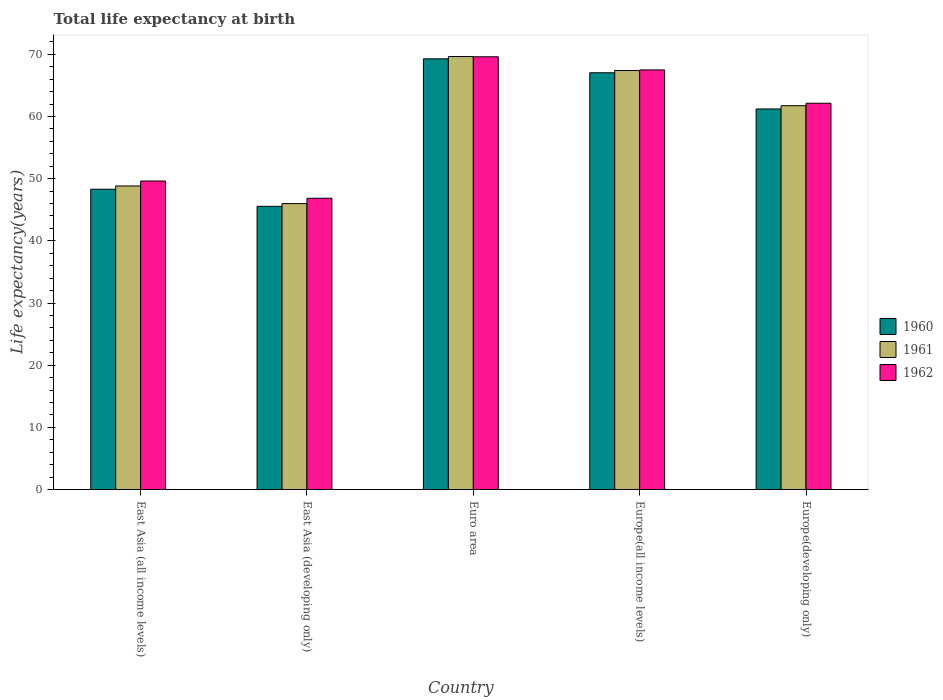
| Country | 1960 | 1961 | 1962 |
 | --- | --- | --- | --- |
 | East Asia (all income levels) | 48.3 | 48.8 | 49.6 |
 | East Asia (developing only) | 45.5 | 46 | 46.9 |
 | Euro area | 69.3 | 69.6 | 69.6 |
 | Europe(all income levels) | 67 | 67.4 | 67.5 |
 | Europe(developing only) | 61.2 | 61.7 | 62.1 |